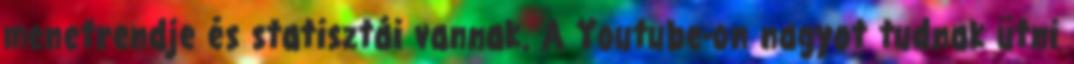
menetrendje és statisztái vannak. A Youtube-on nagyot tudnak ütni